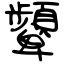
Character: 顰